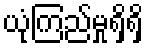
ယုံကြည်မှုရှိရှိ